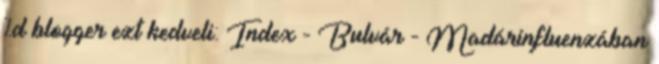
%d blogger ezt kedveli: Index - Bulvár - Madárinfluenzában